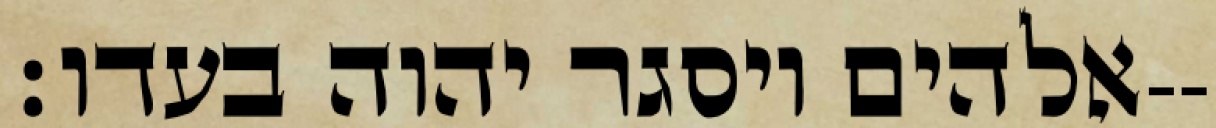
אלהים ויסגר יהוה בעדו׃--